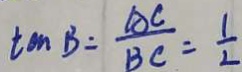
\tan B = \frac { A C } { B C } = \frac { 1 } { 2 }